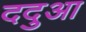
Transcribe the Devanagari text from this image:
ददुआ